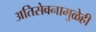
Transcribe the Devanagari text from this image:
अतिसेवनामुळेही